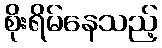
စိုးရိမ်နေသည့်